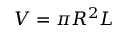
V = \pi R ^ { 2 } L